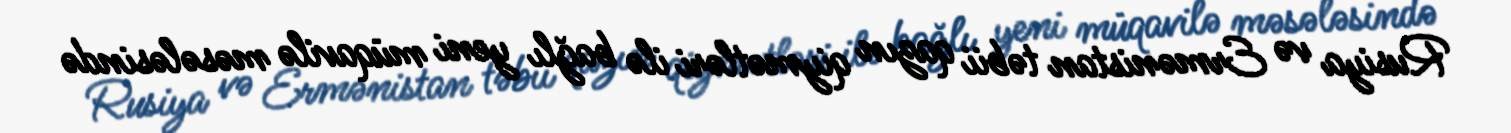
Rusiya və Ermənistan təbii qazın qiymətləri ilə bağlı yeni müqavilə məsələsində